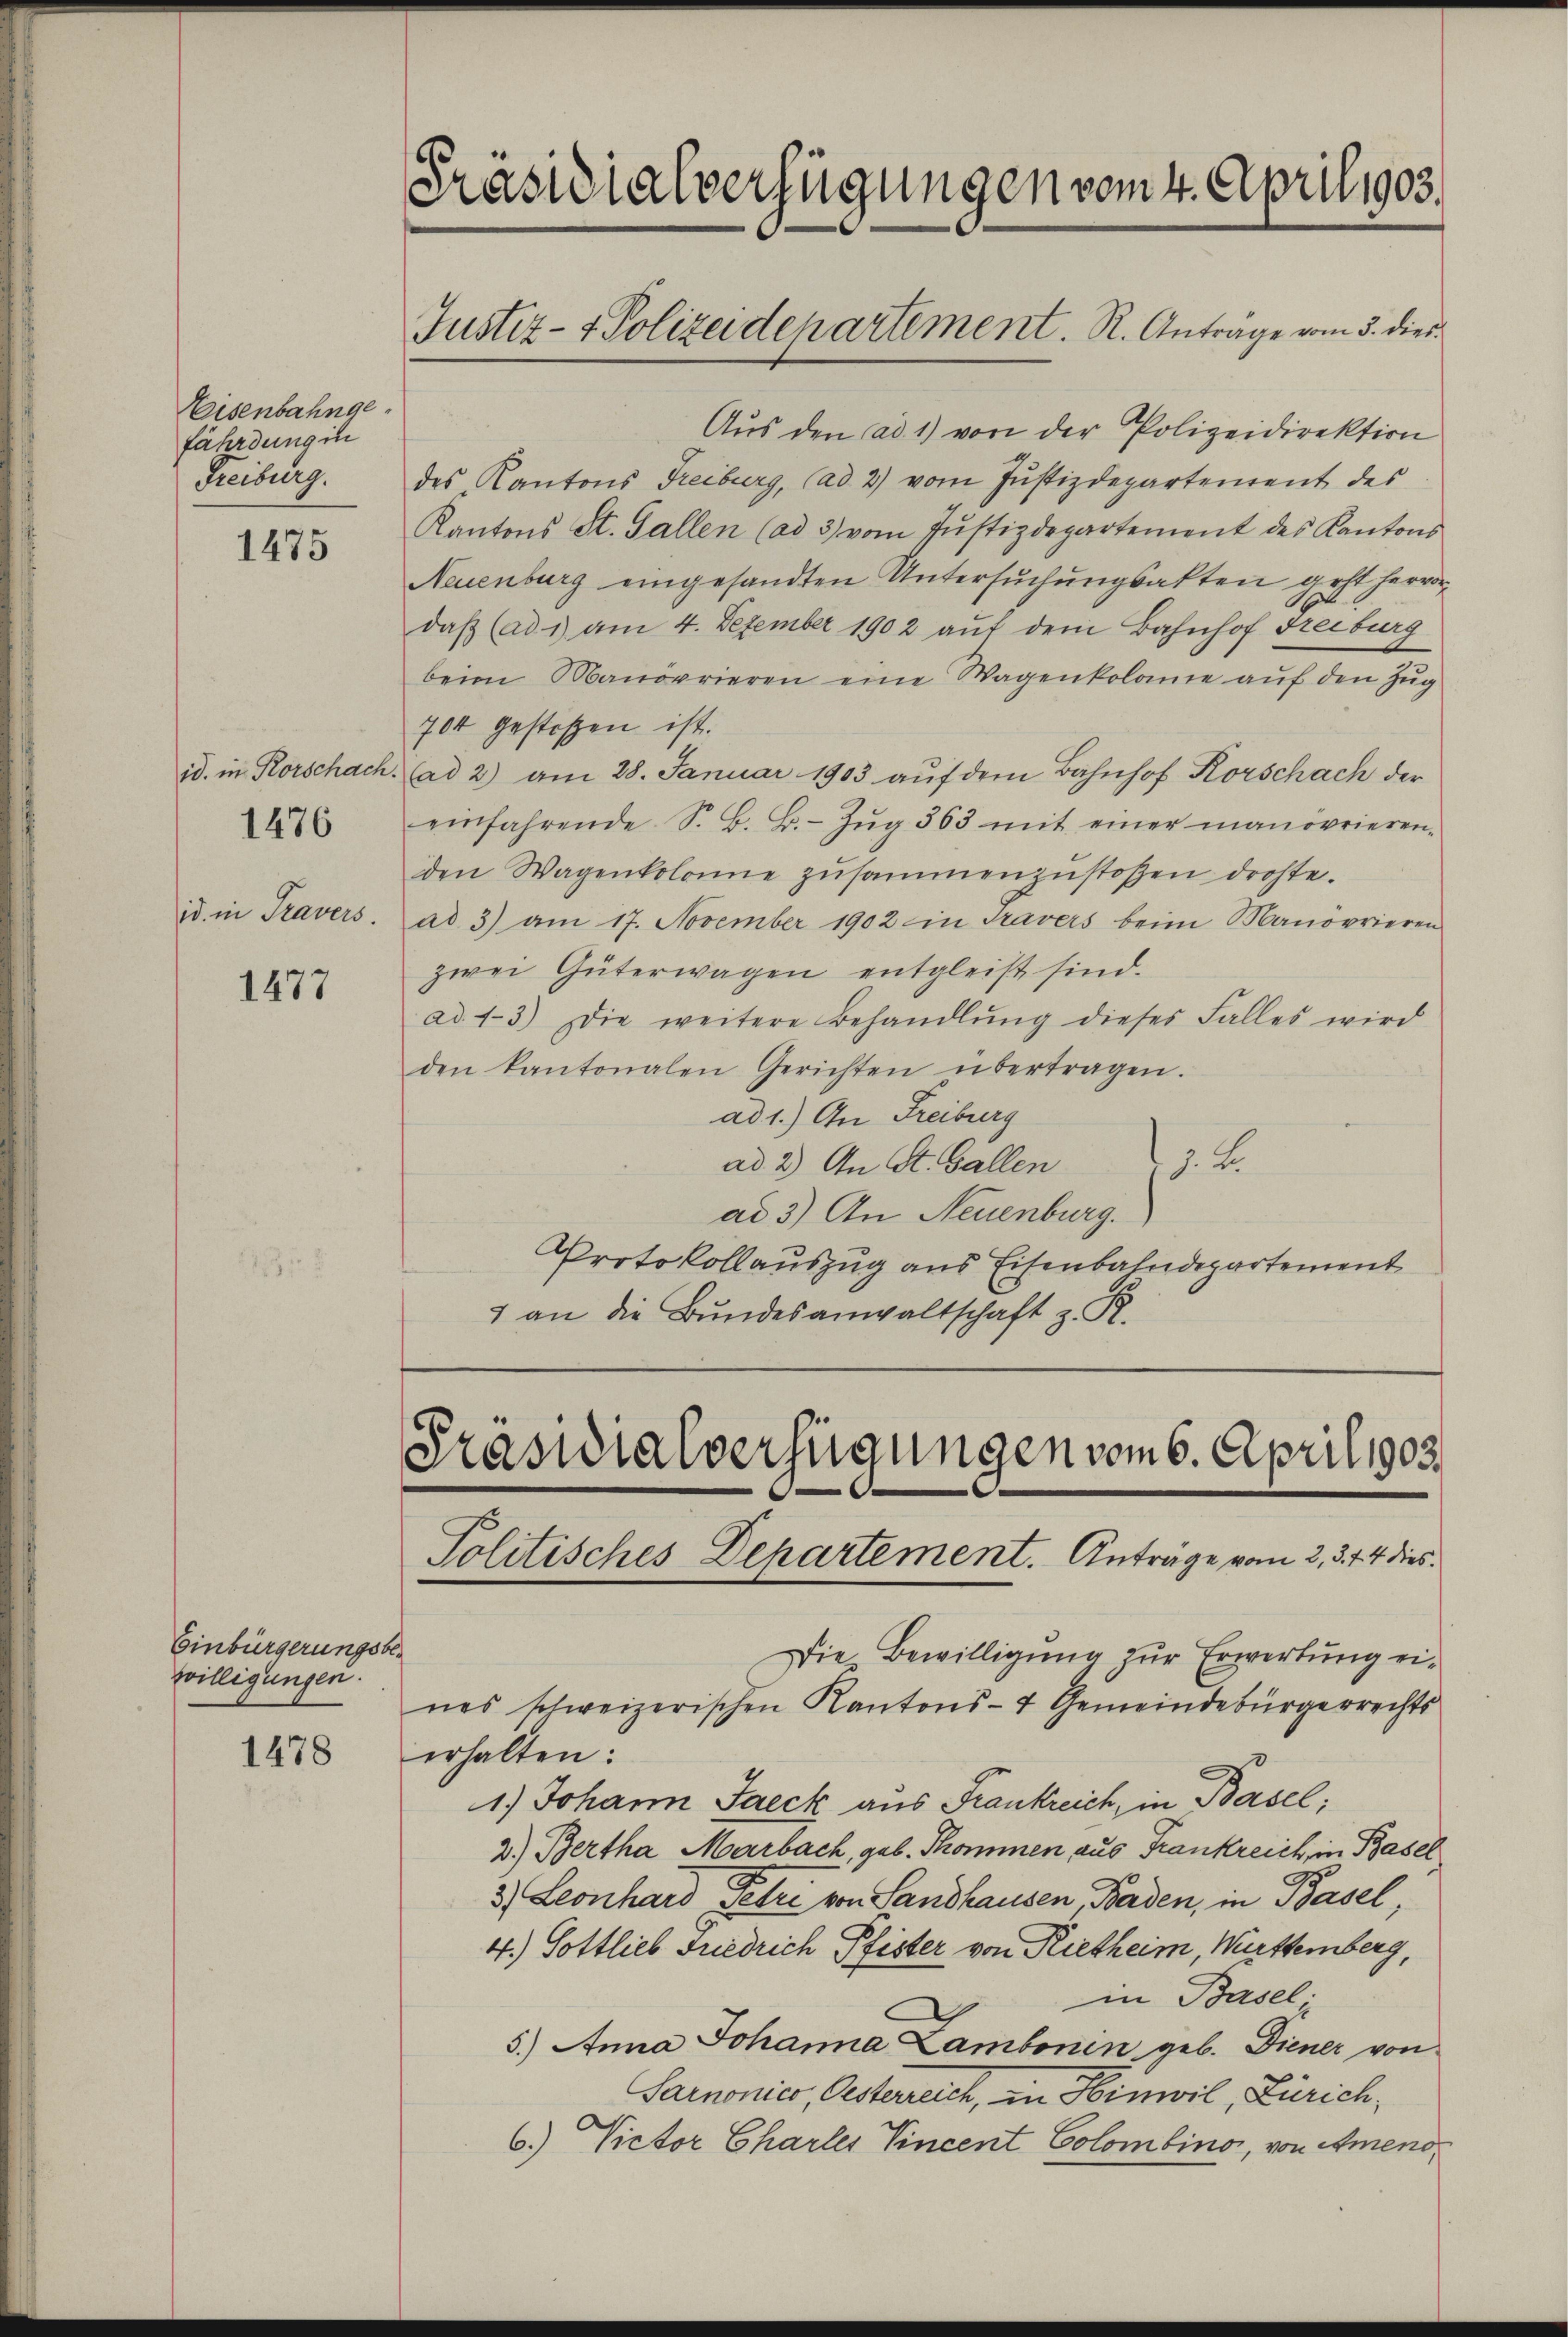
Eisenbahngefährdung in
Freiburg.

1475

id. in Korschach.
id. in Travers.

1476

1477

Einbürgerungsbewilligungen.

1478

Präsidialverfügungen vom 4. April 1903.
Justiz- & Polizeidepartement. R. Antrage vom 5. dies

Aŭs den ad 1) von der Polizeidirektion
des Kantons Treiburg, (ad 2) vom Justizdepartement des
Kantons St. Gallen (ad 3) vom Justizdepartement des Kantons
Neuenburg eingesandten Untersuchungsakten acht hervor¬
.
daß (ad 1) am 4. Dezember 1902 auf dem Bahnhof Freiburg
beim Manövrieren eine Wagenkolame aŭf den Zŭg
704 gestoßen ist.
(ad 2) am 28. Januar 1903 aŭf dem Bahnhof Korschach der
einfahrende S. B. B. Zŭg 363 mit einer manövrieren-
den Wagenkolonie zŭsammenzŭstoßen drohte.
ad 3) am 17. November 1902 in Travers beim Manovrieren
zwei Güterwagen entgleist sind.
ad. 13) Die weitere Behandlŭng dieses Falles wird
den kantonalen Gerichten übertragen.
ad 1.) An Freiburg
J. K.
ad 2.) An St. Gallen
ad 3) An Neuenburg.
Protokollauszug aus Eisenbahndepartement
1 an die Bundesanwaltschaft z. R.

Präsidialverfügungen vom 6. April 1905.

Die Bewilligung zur Erwertung eines schweizerischen Kantons- & Gemeindebürgerrechts
erhalten:
1.) Johann Jaeck aus Frankreich, in Basel;
2.) Bertha Marbach, geb. Thommen aus Frankreich, in Basel
3) Leonhard, Petri von Sandhausen, Baden, in Basel,
4.) Sottlieb Friedrich Pfister von Rietheim, Württemberg,
in Basel.
5.) Anna Johanna Lambonin geb. Diener von
Sarmonier, Oesterreich, in Hinwil, Zürich,
6.) Victor Charler Vincent Colombino, von Ameno

Politisches Departement. Anträge vom 2. 3. 74 dies